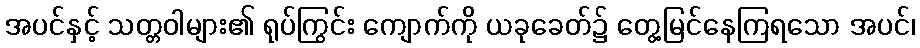
အပင်နှင့် သတ္တဝါများ၏ ရုပ်ကြွင်း ကျောက်ကို ယခုခေတ်၌ တွေ့မြင်နေကြရသော အပင်၊